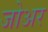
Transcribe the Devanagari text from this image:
जोअर